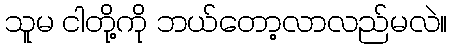
သူမ ငါတို့ကို ဘယ်တော့လာလည်မလဲ။